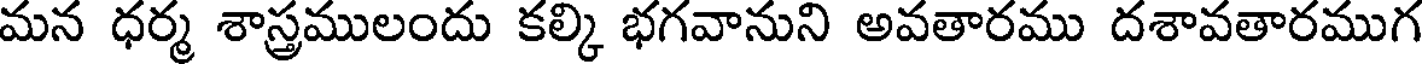
మన ధర్మ శాస్త్రములందు కల్కి భగవానుని అవతారము దశావతారముగ